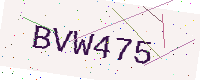
Text: BVW475